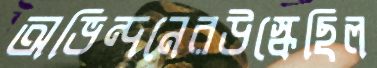
অভিন্দনেরউস্‌কেছিল